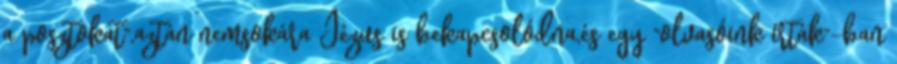
a posztokat",aztán nemsokára Jézus is bekapcsolódna,és egy "olvasóink írták"-ban